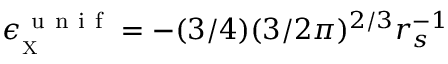
\epsilon _ { _ { \scriptscriptstyle \mathrm { X } } } ^ { \mathrm { ~ u ~ n ~ i ~ f ~ } } = - ( 3 / 4 ) ( 3 / 2 \pi ) ^ { 2 / 3 } r _ { s } ^ { - 1 }